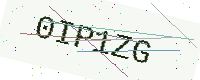
Text: 0IP1ZG